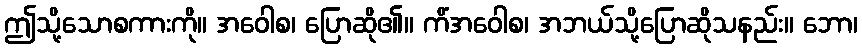
ဤသို့သောစကားကို။ အဝေါစ၊ ပြောဆို၏။ ကိံအဝေါစ၊ အဘယ်သို့ပြောဆိုသနည်း။ ဘော၊